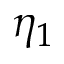
\eta _ { 1 }